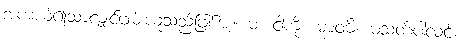
အကယ်၍သာလျှင်ဖမ်းယူသည်ဖြစ်အံ့။ မံ၊ ငါ့ကို။ မာဝဓိ၊ မသတ်ပါလင့်။